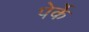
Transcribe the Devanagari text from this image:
पेर्के